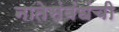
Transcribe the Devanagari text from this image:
नातेसंबंधंची